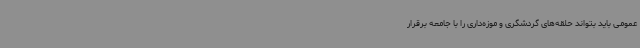
عمومی باید بتواند حلقه‌های گردشگری و موزه‌داری را با جامعه برقرار